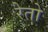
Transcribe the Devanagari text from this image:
रेतो